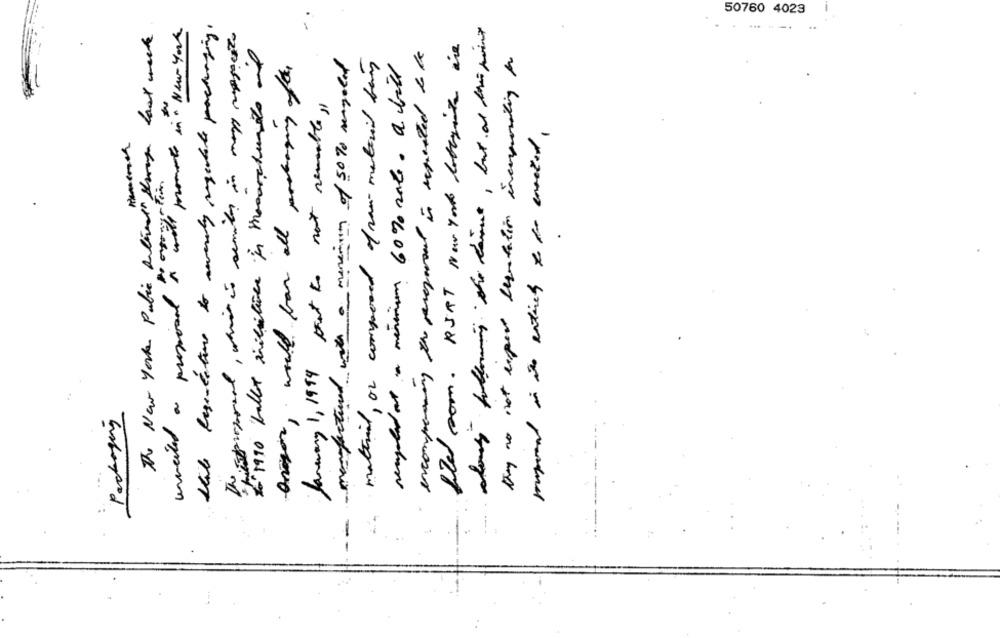
50760 4023
malt promote in " New York
The New York Public Delivet" through last week
file com. RSAT New York lobbyists are
- 1990 ballet initiatives in Massachusets and
they no not expect lequotation incorporating for
material, or composed of raw material boys
remplir at a minimum 60% rate. a bill
aragon, world for all packaging of the
January 1, 1999 that to not nemable ,,
wweiter a proposal to a
--